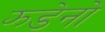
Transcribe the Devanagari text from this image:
झ्डेनो